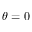
\theta = 0